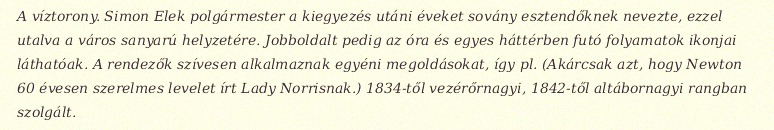
A víztorony. Simon Elek polgármester a kiegyezés utáni éveket sovány esztendőknek nevezte, ezzel utalva a város sanyarú helyzetére. Jobboldalt pedig az óra és egyes háttérben futó folyamatok ikonjai láthatóak. A rendezők szívesen alkalmaznak egyéni megoldásokat, így pl. (Akárcsak azt, hogy Newton 60 évesen szerelmes levelet írt Lady Norrisnak.) 1834-től vezérőrnagyi, 1842-től altábornagyi rangban szolgált.